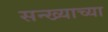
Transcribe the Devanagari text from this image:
सन्ख्याच्या